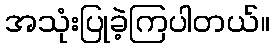
အသုံးပြုခဲ့ကြပါတယ်။